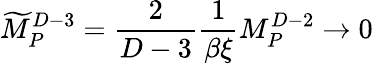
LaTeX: {\widetilde M}_{P}^{D-3}={\frac{2}{D-3}}{\frac{1}{\beta\xi}}M_{P}^{D-2}\rightarrow 0